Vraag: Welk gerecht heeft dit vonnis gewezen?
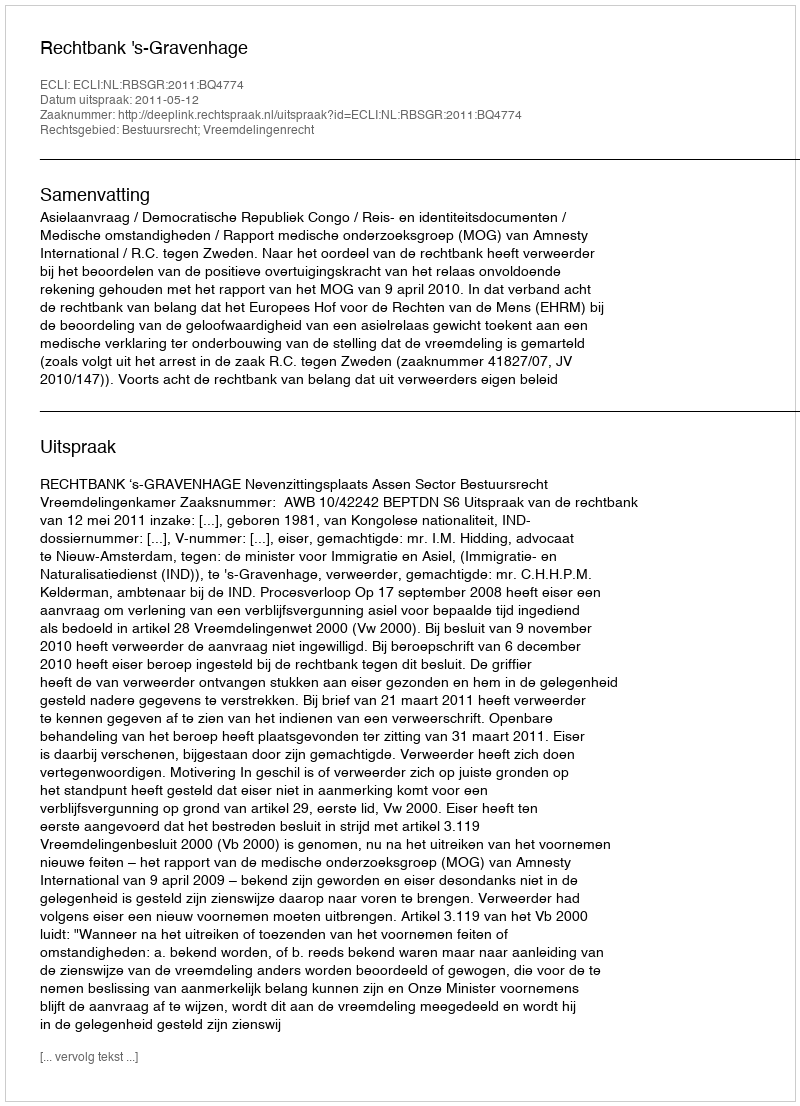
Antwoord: Rechtbank 's-Gravenhage